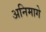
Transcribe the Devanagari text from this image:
अनिमागे